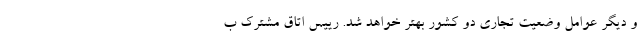
و دیگر عوامل وضعیت تجاری دو کشور بهتر خواهد شد. رییس اتاق مشترک ب